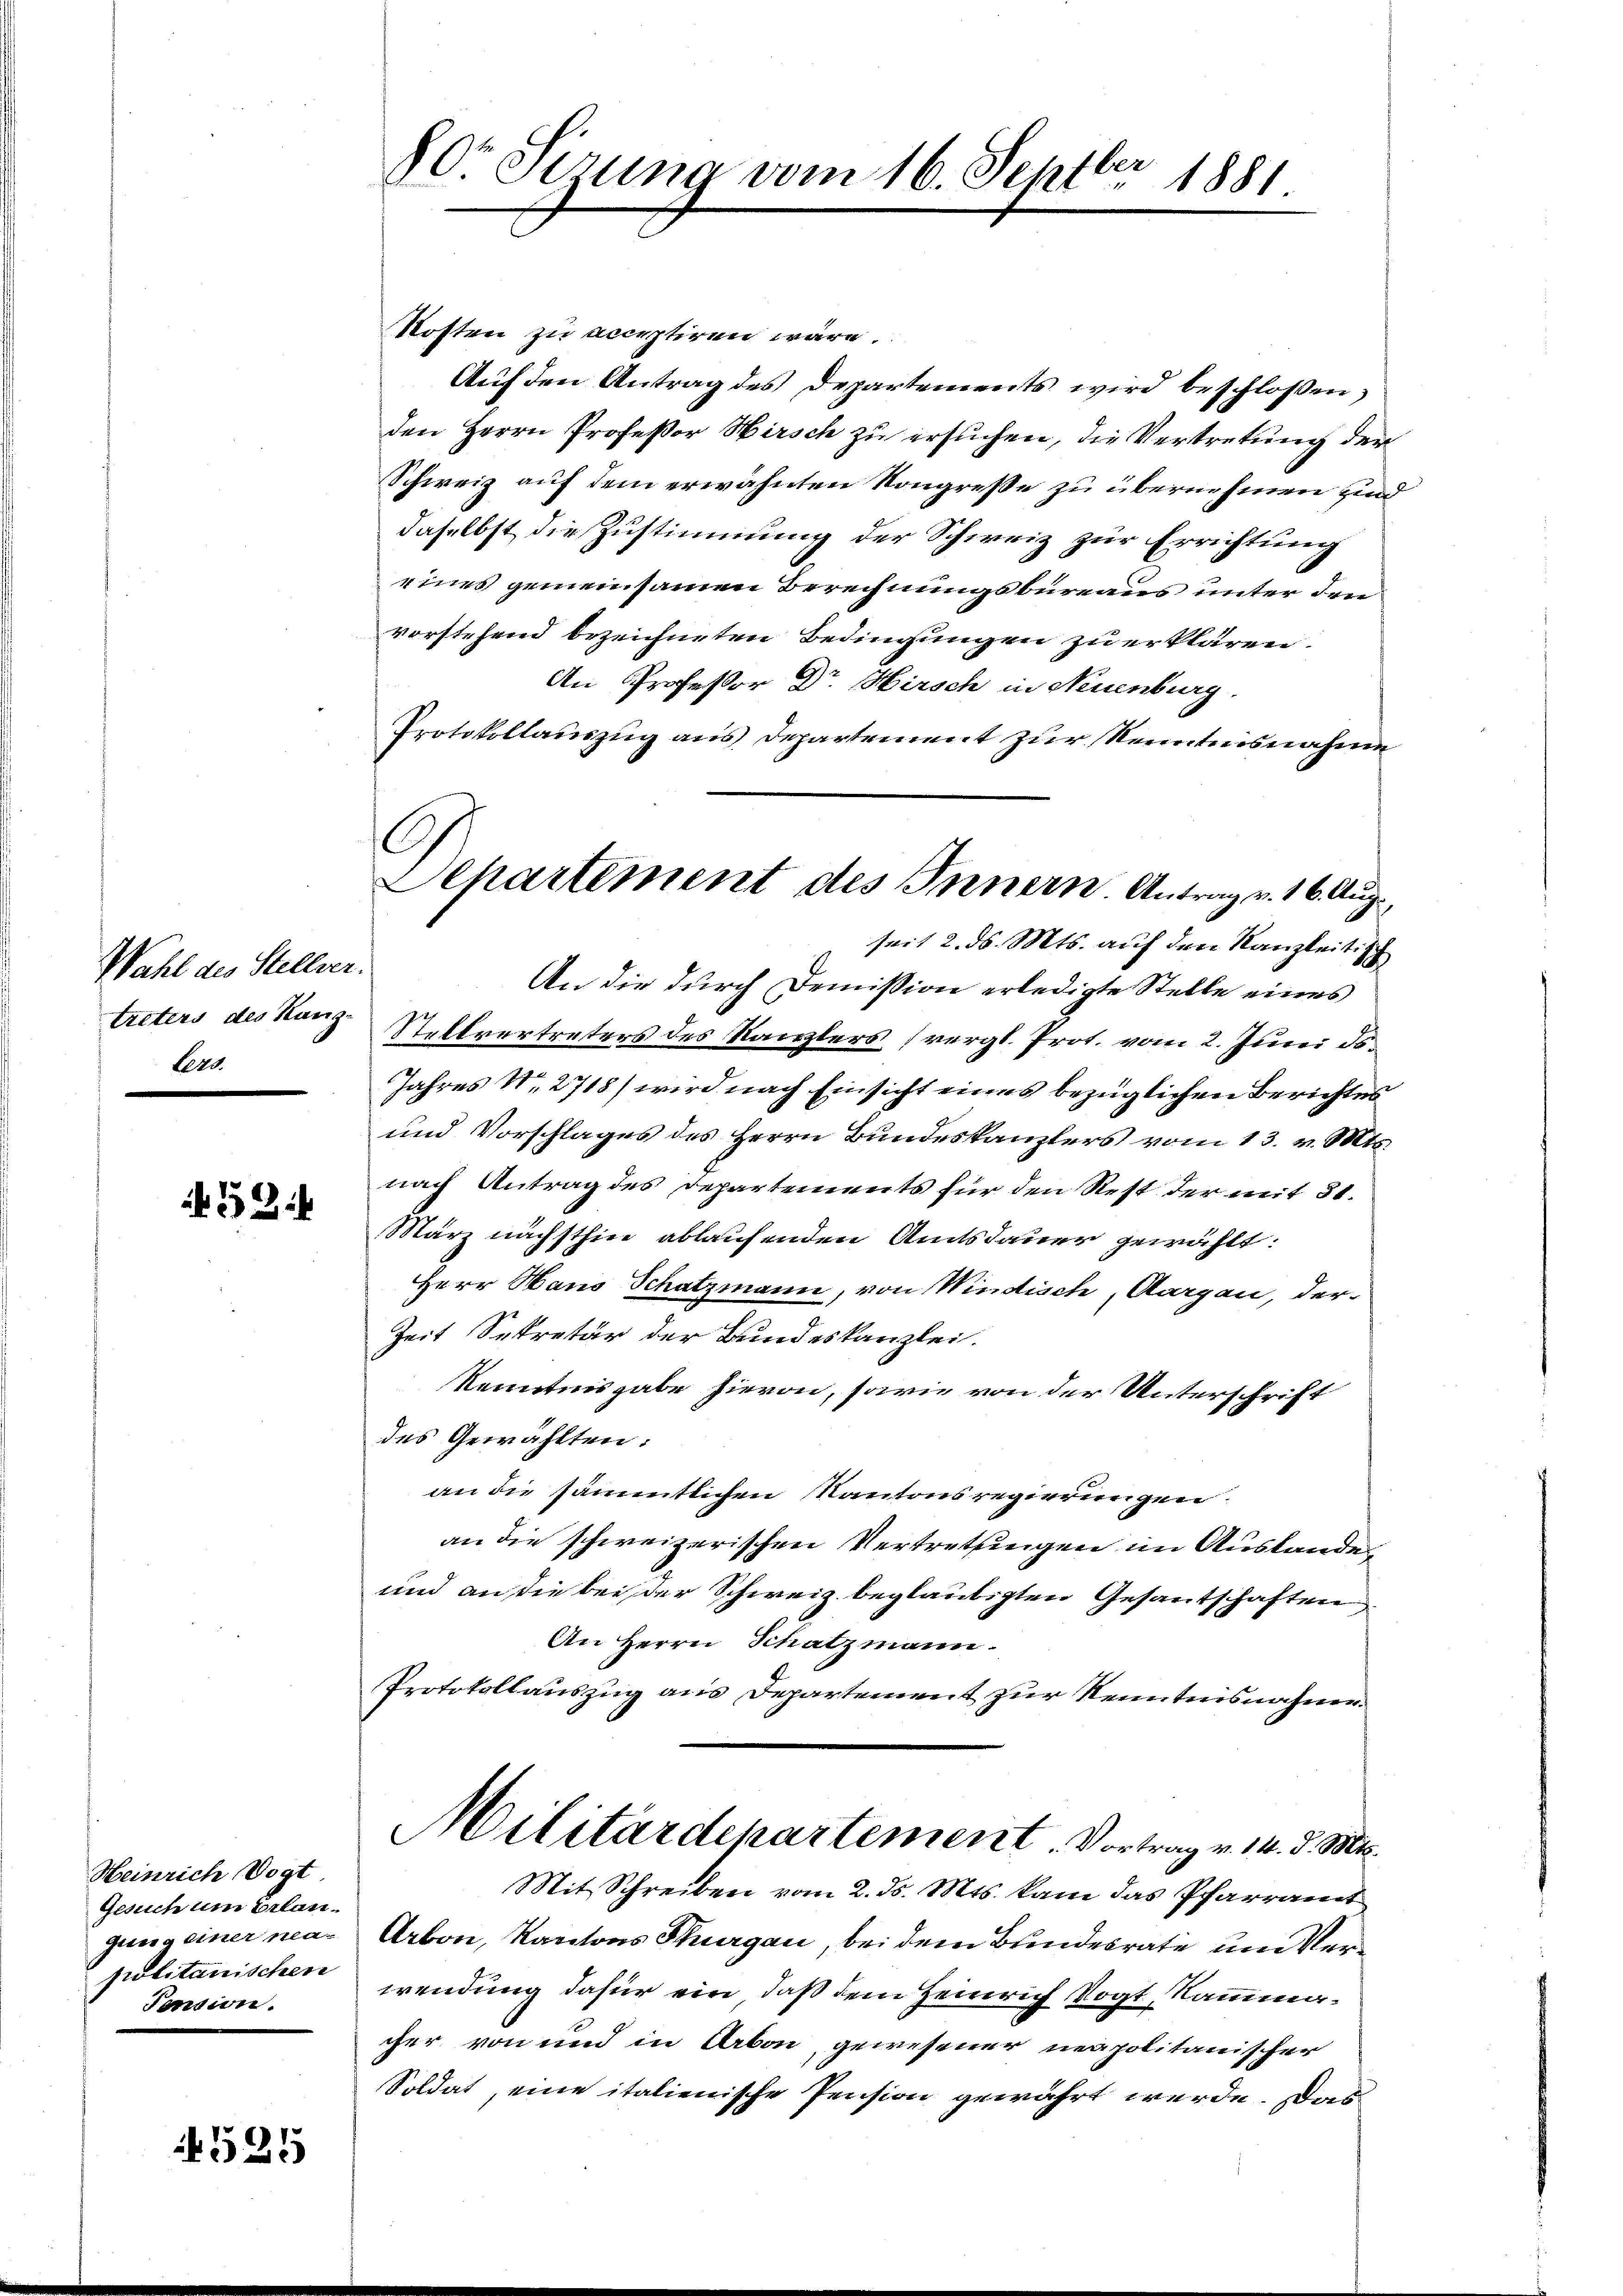
Wahl des Stellver.
treters des Hang
Ler

52

Heinrich Vogt
Gesuch um Erlangung einer neupolitanischen
Pension.

4525

Mosten zu acceptiren wäre.
Aŭf den Antrag des Departements wird beschlossen,
den Herrn Professor Hirsch zu ersuchen, die Vertretung der
Schweiz auf dem erwähnten Kongresse zu übernehmen sind
daselbst die Zustimmung der Schweiz zur Errichtung
eines gemeinsamen Berechnungsbureaus unter den
vorstehend bezeichneten Bedingungen zu erklären.
An Professor Dr. Hirsch in Neuenburg.
Protokollauszug aus Departement zur Kenntnisnahme

Dor Sirung vom 16. Septbr 1881

C
Departement des Innern Antrag v. 16. Aug.

seit 2. ds. Mts. auf den Kanzleitisch
An die durch Demission erledigte Stelle eines
Stellvertreters des Kanzlers (vergl. Prot. vom 2. Juni ds.
Jahres Nr. 2718) wird nach Einsicht eines bezüglichen Berichtes
und Vorschlages des Herrn Bundeskanzlers vom 13. v. Mts.
nach Antrag des Departements für den Rest der mit 31.
März nächsthin ablaufenden Amtsdauer gewählt:
Herr Haus Schatzmann, von Windisch, Aargau, der
Zeit Sekretär der Bundeskanzlei.
Kenntnisgabe hievon, sowie von der Unterschrift
des Gewählten:
an die sämmtlichen Kantonsregierungen.
an die schweizerischen Vertretungen im Auslande,
und an die bei der Schweiz beglaubigten Gesantschaften
An Herrn Schatzmann.
Protokollauszug aus Departement zur Kenntnisnahme.
Militärdepartement. Vortrag v. 14. d. Mts.
Mit Schreiben vom 2. ds. Mts. kam das Pfarramt
Arbon, Kantons Thurgau, bei dem Bundesrate um Verwendung dafür ein, daß dem Heinrich Vogt, Nammmacher von und in Arbon gewesener neapolitanischer
Soldat, eine italienische Pension gewährt werde. Das